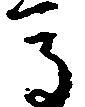
馬